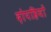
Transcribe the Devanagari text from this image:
दोपहियों